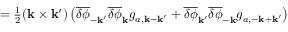
\begin{array} { r } { = \frac { 1 } { 2 } ( { \bf k } \times { \bf k } ^ { \prime } ) \left( \overline { { \delta \phi } } _ { - { \bf k } ^ { \prime } } \overline { { \delta \phi } } _ { \bf k } g _ { a , { \bf k } - { \bf k } ^ { \prime } } + \overline { { \delta \phi } } _ { { \bf k } ^ { \prime } } \overline { { \delta \phi } } _ { - \bf k } g _ { a , { - \bf k } + { \bf k } ^ { \prime } } \right) } \end{array}